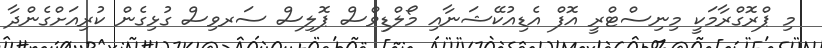
މި ޕްރޮގްރާމަކީ މިނިސްޓްރީ އޮފް އެޑިއުކޭޝަނާއި މޯލްޑިވްސް ޕޮލިސް ސަރވިސް ގުޅިގެން ކުރިއަށްގެންދާ